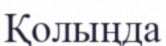
Қолыңда